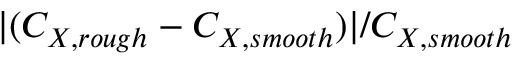
| ( C _ { X , r o u g h } - C _ { X , s m o o t h } ) | / C _ { X , s m o o t h }